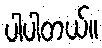
ပါပါတယ်။